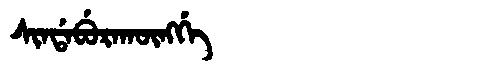
Manchu: ᠰᡳᠨᡩᠠᠪᡠᡵᠠᡴᡡᠩᡤᡝ
Romanization: SINDABURAKŪNGGE